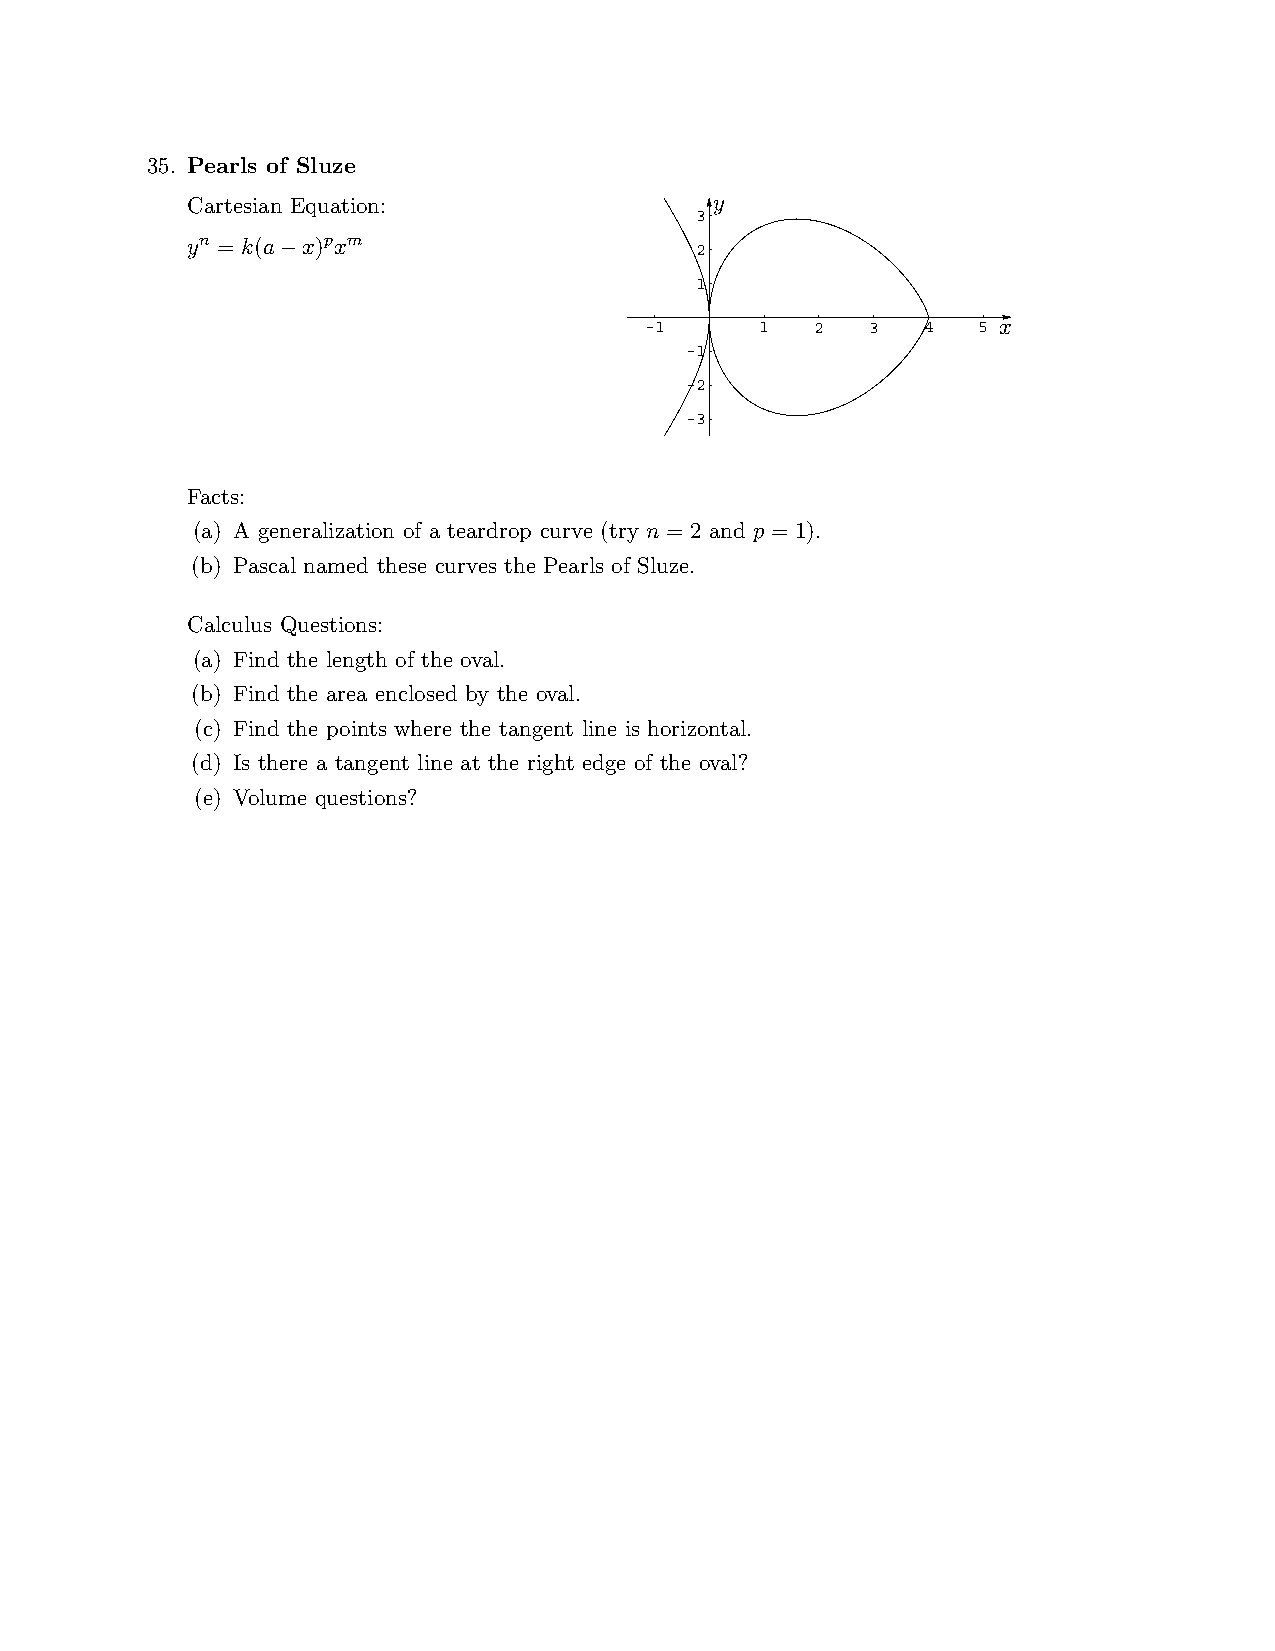
35. Pearls of Sluze
 Cartesian Equation:                y
 3
 yn = k(a x)pxm                    2
 ¡
 1
 -1     1   2   3  4   5 x
 -1
 PSfrag replacements
 -2
 -3
 Facts:
 (a) A generalization of a teardrop curve (try n = 2 and p = 1).
 (b) Pascal named these curves the Pearls of Sluze.
 Calculus Questions:
 (a) Find the length of the oval.
 (b) Find the area enclosed by the oval.
 (c) Find the points where the tangent line is horizontal.
 (d) Is there a tangent line at the right edge of the oval?
 (e) Volume questions?